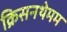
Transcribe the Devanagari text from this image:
क्रिसनथेमम